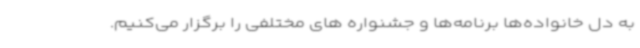
به دل خانواده‌ها برنامه‌ها و جشنواره های مختلفی را برگزار می‌کنیم.